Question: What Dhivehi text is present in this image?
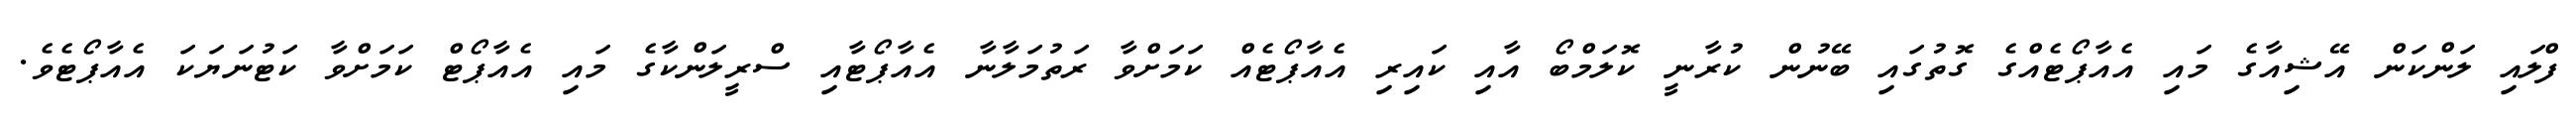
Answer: ފްލައި ލަންކަން އޭޝިއާގެ މައި އެއާޕޯޓެއްގެ ގޮތުގައި ބޭނުން ކުރާނީ ކޮލަމްބޯ އާއި ކައިރި އެއާޕޯޓެއް ކަމަށްވާ ރަތުމަލާނާ އެއާޕޯޓާއި ސްރީލަންކާގެ މައި އެއާޕޯޓް ކަމަށްވާ ކަޓުނަޔަކަ އެއާޕޯޓެވެ.